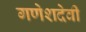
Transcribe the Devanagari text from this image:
गणेशदेवी